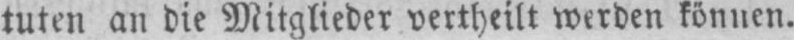
tuten an die Mitglieder vertheilt werden können.